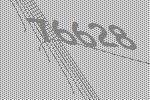
76628